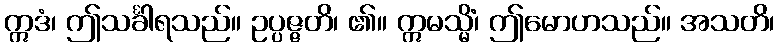
ဣဒံ၊ ဤသင်္ခါရသည်။ ဥပ္ပဇ္ဇတိ၊ ၏။ ဣမသ္မိံ၊ ဤမောဟသည်။ အသတိ၊